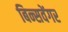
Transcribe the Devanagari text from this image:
बिन्सवेंगर